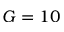
G = 1 0